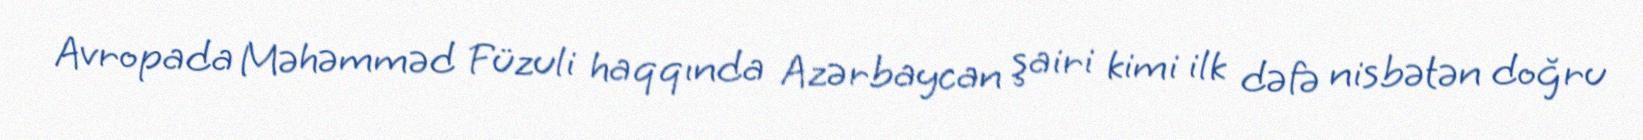
Avropada Məhəmməd Füzuli haqqında Azərbaycan şairi kimi ilk dəfə nisbətən doğru